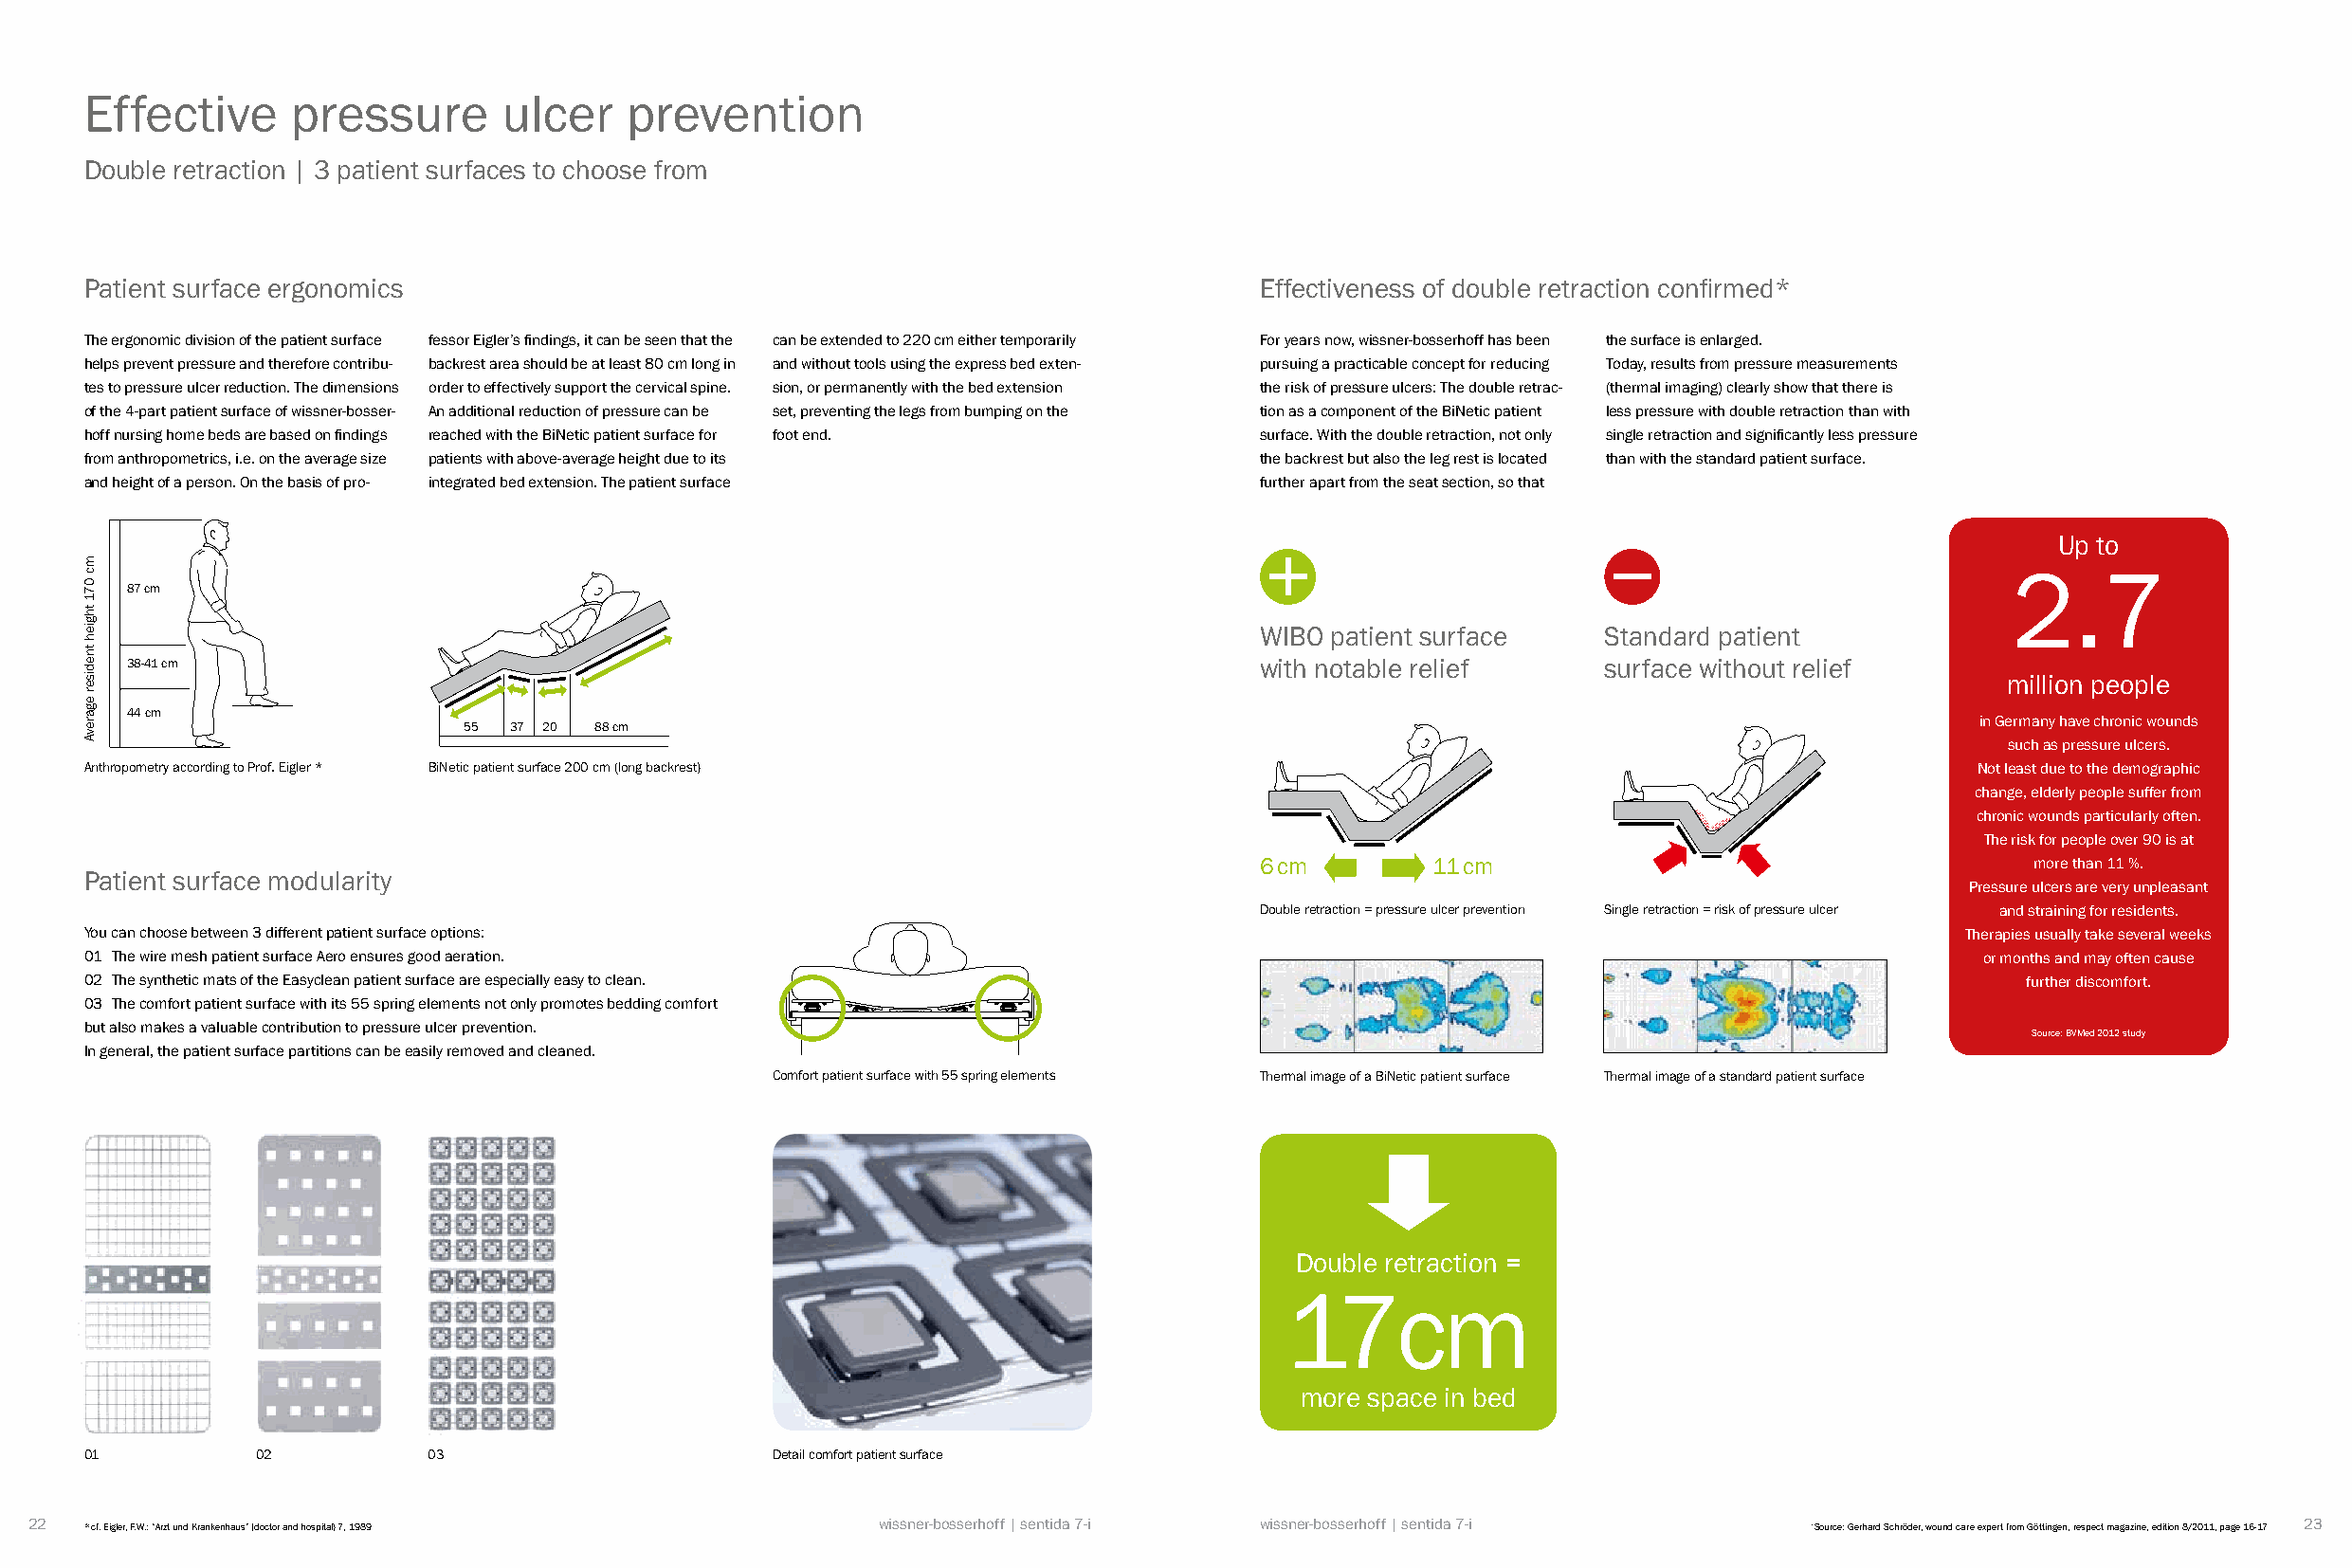
Effective     pressure       ulcer    prevention
 Double retraction | 3 patient surfaces to choose from
 Patient surface ergonomics                                                        Effectiveness of double retraction confirmed*
 The ergonomic division of the patient surface fessor Eigler’s findings, it can be seen that the can be extended to 220 cm either temporarily For years now, wissner-bosserhoff has been the surface is enlarged.
 helps prevent pressure and therefore contribu- backrest area should be at least 80 cm long in and without tools using the express bed exten- pursuing a practicable concept for reducing Today, results from pressure measurements
 tes to pressure ulcer reduction. The dimensions order to effectively support the cervical spine. sion, or permanently with the bed extension the risk of pressure ulcers: The double retrac- (thermal imaging) clearly show that there is
 of the 4-part patient surface of wissner-bosser- An additional reduction of pressure can be set, preventing the legs from bumping on the tion as a component of the BiNetic patient less pressure with double retraction than with
 hoff nursing home beds are based on findings reached with the BiNetic patient surface for foot end. surface. With the double retraction, not only single retraction and significantly less pressure
 from anthropometrics, i.e. on the average size patients with above-average height due to its the backrest but also the leg rest is located than with the standard patient surface.
 and height of a person. On the basis of pro- integrated bed extension. The patient surface further apart from the seat section, so that
 Up to
 2.7
 87 cm
 WIBO patient surface    Standard patient
 38-41 cm                                                                       with notable relief     surface without relief
 million people
 44 cm
 in Germany have chronic wounds
 55  37 20 88 cm
 such as pressure ulcers.
 Anthropometry according to Prof. Eigler * BiNetic patient surface 200 cm (long backrest)                                            Not least due to the demographic
 change, elderly people suffer from
 chronic wounds particularly often.
 The risk for people over 90 is at
 6 cm        11 cm                                     more than 11 %.
 Patient surface modularity
 Pressure ulcers are very unpleasant
 Double retraction = pressure ulcer prevention Single retraction = risk of pressure ulcer and straining for residents.
 You can choose between 3 different patient surface options:                                                                        Therapies usually take several weeks
 01 The wire mesh patient surface Aero ensures good aeration.                                                                        or months and may often cause
 02 The synthetic mats of the Easyclean patient surface are especially easy to clean.                                                   further discomfort.
 03 The comfort patient surface with its 55 spring elements not only promotes bedding comfort
 but also makes a valuable contribution to pressure ulcer prevention.
 Source: BVMed 2012 study
 In general, the patient surface partitions can be easily removed and cleaned.
 Comfort patient surface with 55 spring elements Thermal image of a BiNetic patient surface Thermal image of a standard patient surface
 Double retraction =
 17cm
 more space in bed
 01          02          03                      Detail comfort patient surface
 22  * cf. Eigler, F.W.: “Arzt und Krankenhaus” (doctor and hospital) 7, 1989 wissner-bosserhoff | sentida 7-i wissner-bosserhoff | sentida 7-i *Source: Gerhard Schröder, wound care expert from Göttingen, respect magazine, edition 8/2011, page 16-17 23
 mc
 071
 thgieh
 tnediser
 egarevA